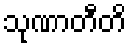
သုဏာတီတိ